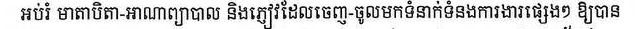
អប់រំ មាតាបិតា-អាណាព្យាបាល និងភ្ញៀវដែលចេញ-ចូលមកទំនាក់ទំនងការងារផ្សេងៗ ឲ្យបាន